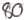
Text: 80